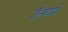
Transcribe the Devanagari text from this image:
ऊॅंचाई